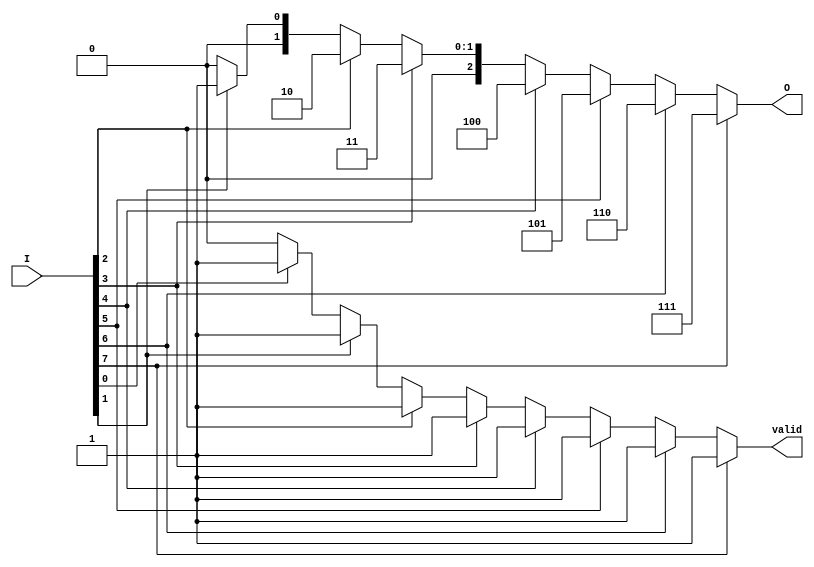
module encoder_8to3 (
    input [7:0] I,      // 8 input lines
    output reg [2:0] O, // 3 output lines
    output reg valid     // Valid output signal
);

always @(*) begin
    // Default values
    O = 3'b000; // Default output
    valid = 1'b0; // Default valid signal

    // Priority encoding
    if (I[7]) begin
        O = 3'b111; // Output for I[7]
        valid = 1'b1;
    end else if (I[6]) begin
        O = 3'b110; // Output for I[6]
        valid = 1'b1;
    end else if (I[5]) begin
        O = 3'b101; // Output for I[5]
        valid = 1'b1;
    end else if (I[4]) begin
        O = 3'b100; // Output for I[4]
        valid = 1'b1;
    end else if (I[3]) begin
        O = 3'b011; // Output for I[3]
        valid = 1'b1;
    end else if (I[2]) begin
        O = 3'b010; // Output for I[2]
        valid = 1'b1;
    end else if (I[1]) begin
        O = 3'b001; // Output for I[1]
        valid = 1'b1;
    end else if (I[0]) begin
        O = 3'b000; // Output for I[0]
        valid = 1'b1;
    end
    // If all inputs are low, O remains 3'b000 and valid remains 1'b0
end

endmodule